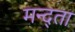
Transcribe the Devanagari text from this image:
मन्द्ता